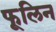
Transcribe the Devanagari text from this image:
फूलिन